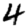
Digit: 4